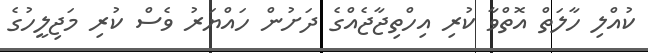
ކުއްލި ހާލަތް އޮތްވާ ކުރި އިހްތިޖާޖެއްގެ ދަށުން ހައްޔަރު ވެސް ކުރި މަޖިލީހުގެ